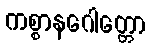
ကစ္စာနဂေါတ္တော